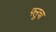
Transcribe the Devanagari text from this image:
फ्लूचा